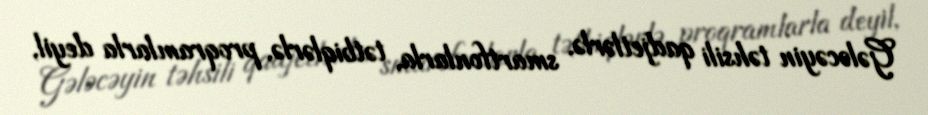
Gələcəyin təhsili qadjetlərlə, smartfonlarla, tətbiqlərlə, proqramlarla deyil,